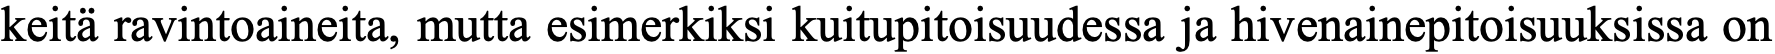
keitä ravintoaineita, mutta esimerkiksi kuitupitoisuudessa ja hivenainepitoisuuksissa on